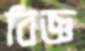
বিজ্ঞ